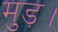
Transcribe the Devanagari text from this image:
मुड़।